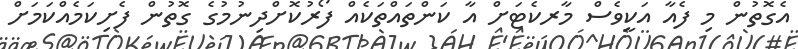
އެގޮތުން މި ފެއާ އަކީވެސް މާރކެޓަށް އާ ކަންތައްތަކެއް ފޯރުކޮށްދިނުމުގެ ގޮތުން ފެށިކަމެއްކަމަށް